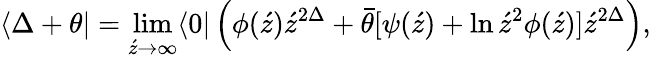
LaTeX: \langle\Delta+\theta|=\operatorname*{lim}_{\acute{z}\rightarrow\infty}\langle 0|\left({\phi(\acute{z})\acute{z}^{2\Delta}+\bar{\theta}[\psi(\acute{z})+\ln\acute{z}^{2}\phi(\acute{z})]}\acute{z}^{2\Delta}\right),